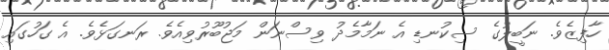
ހާފިޒެވެ. ނަބީލުގެ ސިކުނޑި އެ ނަމާމެދު ވިސްނަން މަޖުބޫރުވިއެވެ. ރަނގަޅެވެ. އެ ގަހުގައި